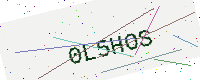
Text: 0L5HOS